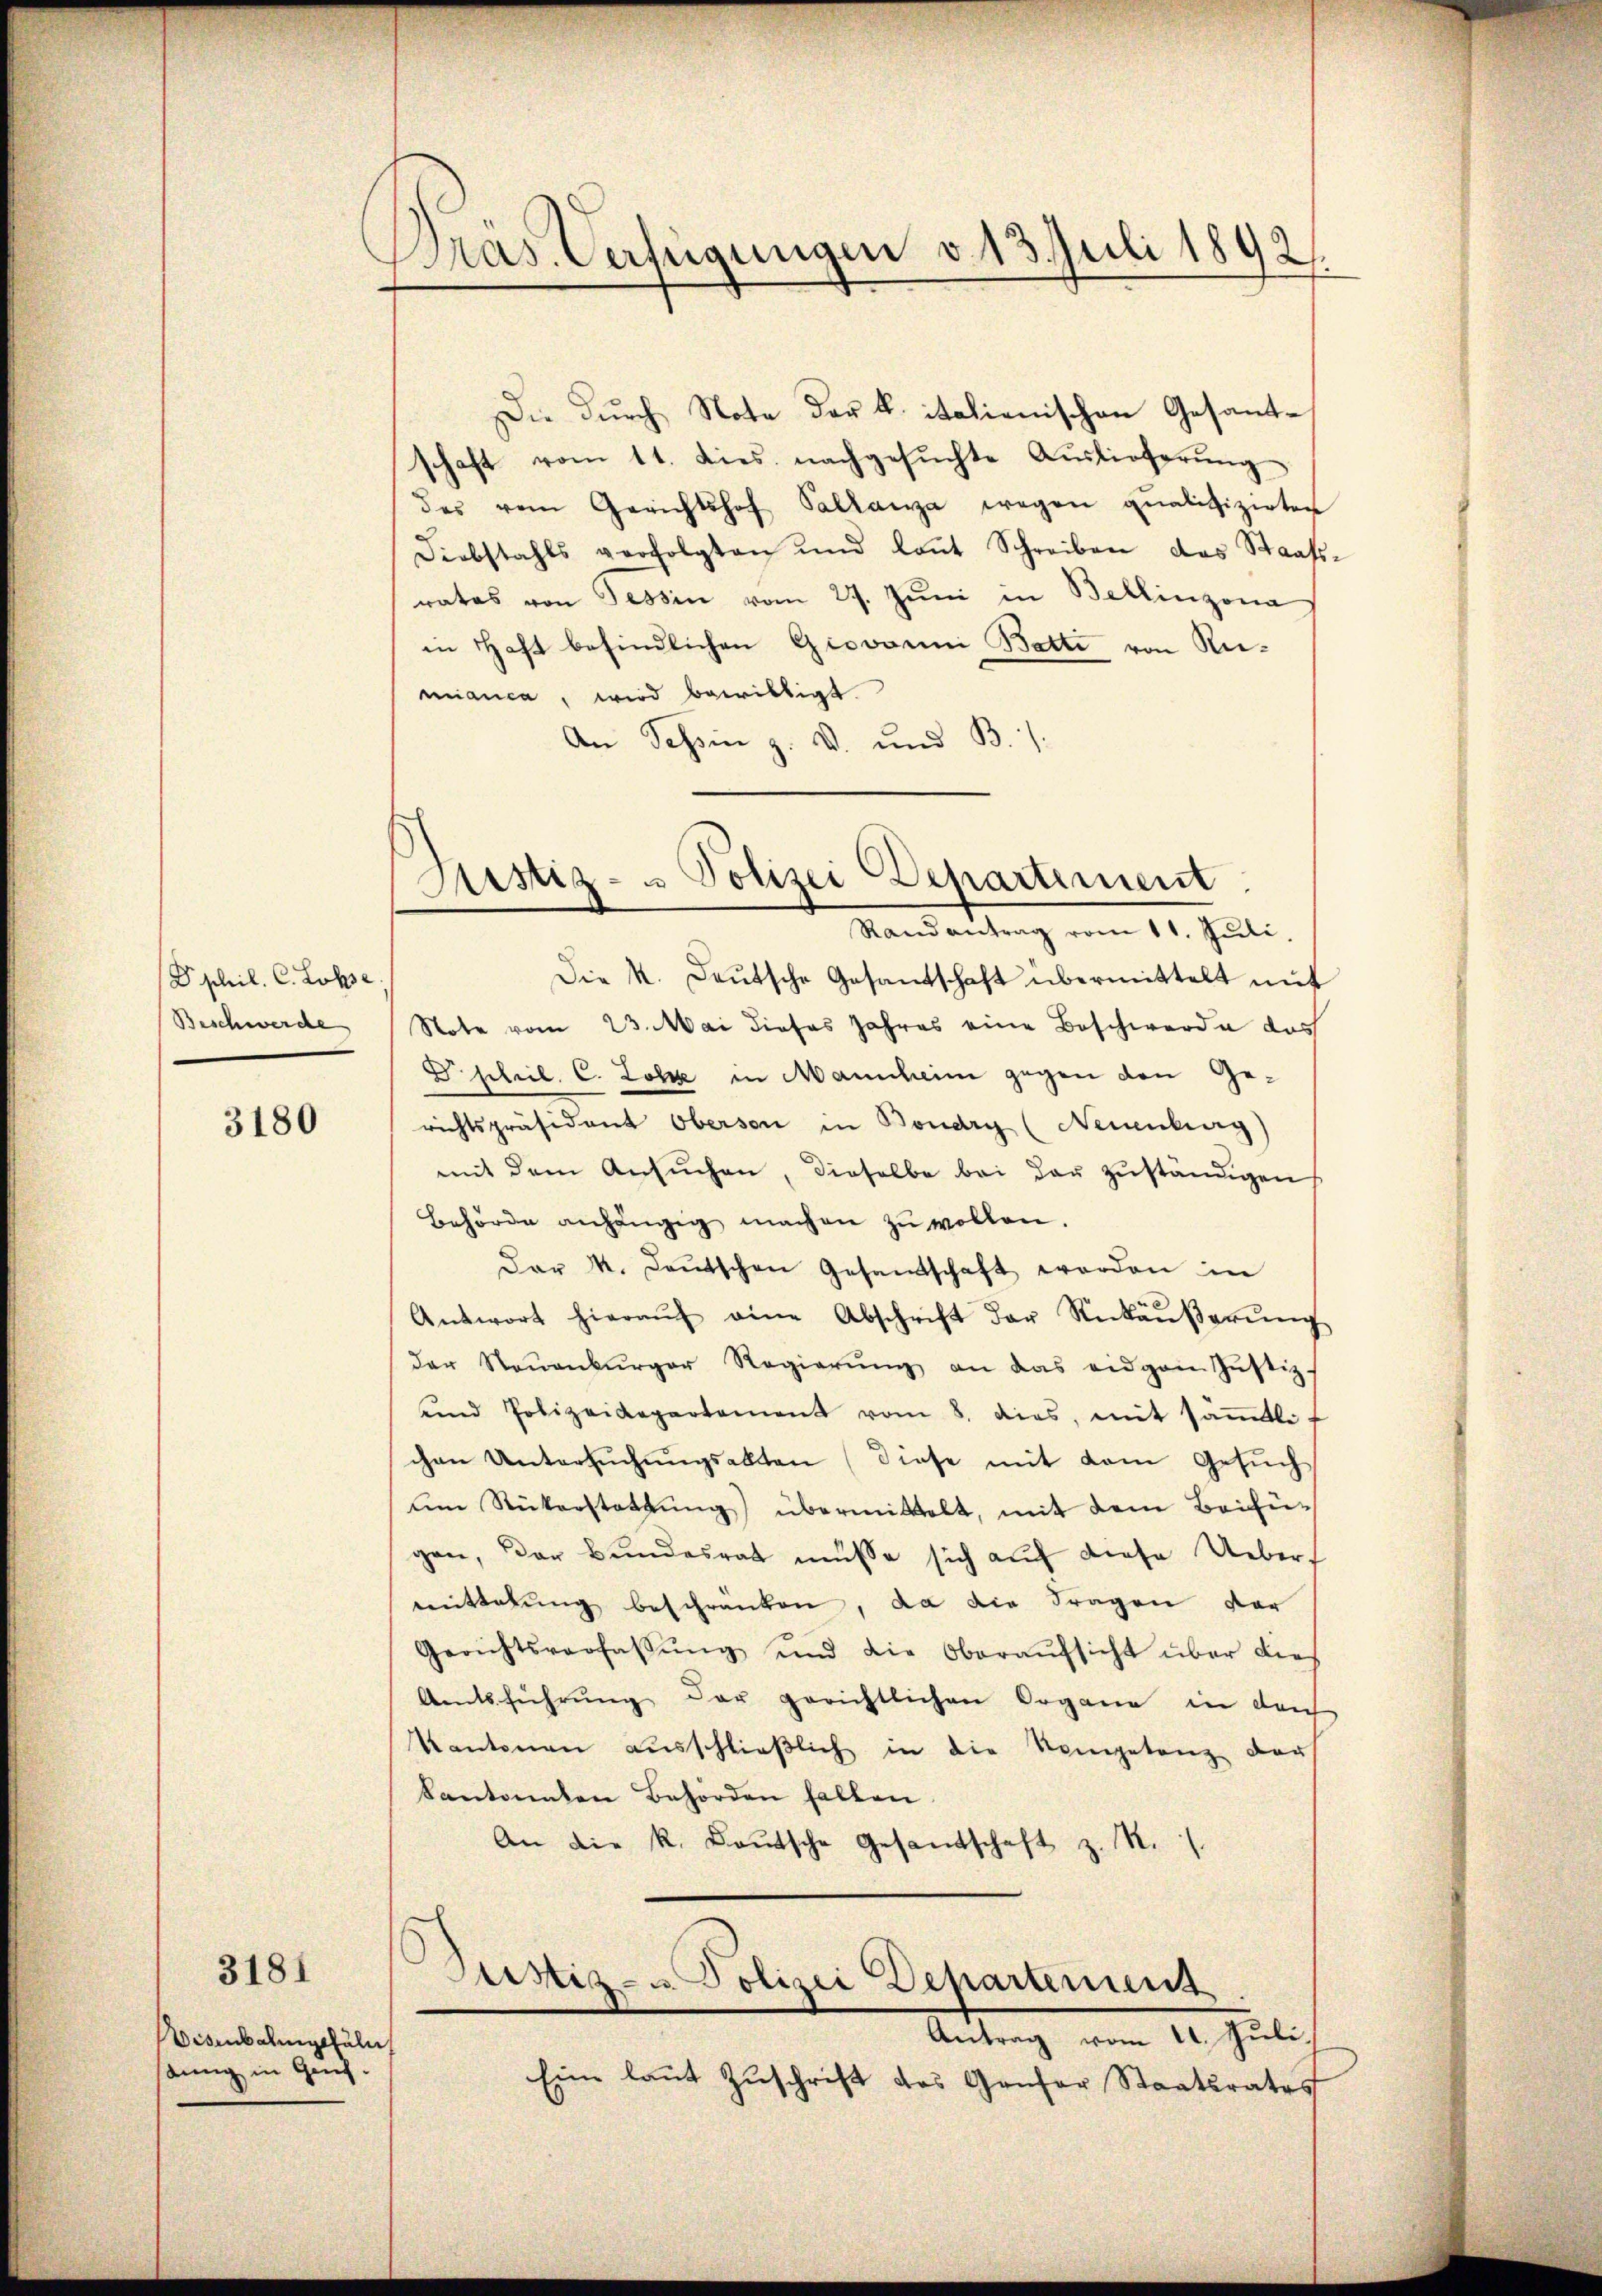
Ephil. C. Lohse
Beschwerde

3180

Visenbalingehuln
dung in Genf.

3181

Dras Verfügungen v. 13. Juli 1892.

Die durch Note der k. italienischen Gesante
schaft vom 11. dies. nachgesŭchte Auslieferung
des vom Gerichtshof Pallanza wegen qualifizirten
Diebstahls verfolgten und lant Schreiben das Staats-
rates von Tessin vom 27. Jŭni in Bellinzona
in Haft befindlichen Giovanni Batte von Remianca, wird bewilligt
An Tessin z. B. und B
Die k. Deutsche Gesandschaft übermittelt mit
Note vom 23. Mai dieses Jahres eine Beschwerde das
D. schil. C. Lotze in Mannheim gegen den Gerichtspräsident Oberson in Boudry (Neuenburg)
mit dem Ansŭchen, dieselbe bei der zŭständigen
Behörde anhängig machen zŭ wollen.
Der k. Laŭtschen Gesamtschaft worden in
Antwort hieraŭf eine Abschrift der Rückäŭβerŭng
der Neuenburger Regierŭng an das eidgen Jŭstiz-
und Polizeidepartement vom 8. dies, mit säṁtlif
chen Untersŭchŭngsakten (diese mit dem Gesŭch
am Rükerstattŭng übermittelt, mit dem Beifügen, der Bundesrat müsse sich auf diese Uebermittelung beschränken, da die Fragen der
Gerichtsverfassŭng und die Oberaŭfsicht über dies
Amtsführŭng der gerichtlichen Organe in den
Kantonen aŭsschlieβlich in die Kompetenz darf
kantonalen Behörden halten.
An die k. Baŭtsche Gesandtschaft z. R./.
Justiz- u. Polizei Departement
Antrag vom 11. Juli.
Eine laut Zuschrift des Gansor Staatsrates

Justiz- u Polizei Departement
Randantrag vom 11. Juli.